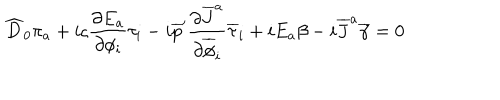
\widehat { D } _ { 0 } \pi _ { a } + i \varsigma { \frac { \partial E _ { a } } { \partial \phi _ { i } } } \tau _ { i } - i \overline { { { p } } } ^ { \prime } { \frac { \partial \overline { { { J } } } ^ { a } } { \partial \overline { { { \phi } } } _ { i } } } \overline { { { \tau } } } _ { i } + i E _ { a } \beta - i \overline { { { J } } } ^ { a } \overline { { { \gamma } } } = 0